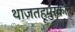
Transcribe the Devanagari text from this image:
थाज़तहूपुरकल